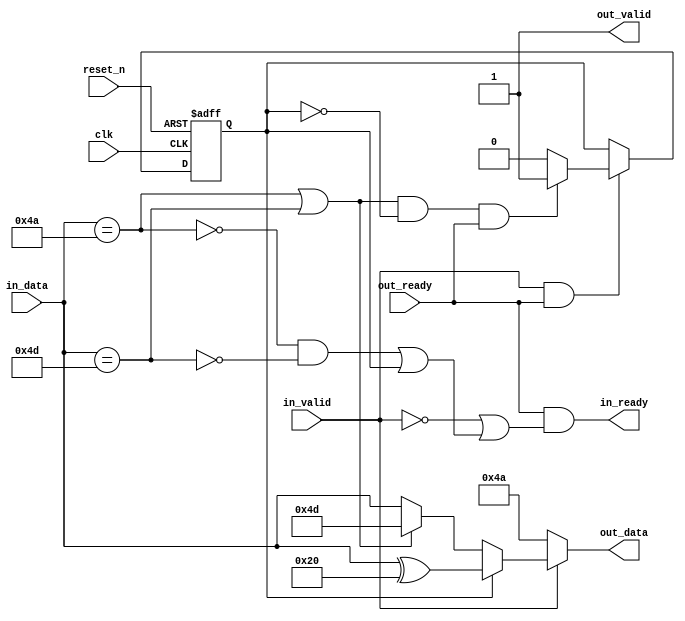
// (C) 2001-2018 Intel Corporation. All rights reserved.
// Your use of Intel Corporation's design tools, logic functions and other 
// software and tools, and its AMPP partner logic functions, and any output 
// files from any of the foregoing (including device programming or simulation 
// files), and any associated documentation or information are expressly subject 
// to the terms and conditions of the Intel Program License Subscription 
// Agreement, Intel FPGA IP License Agreement, or other applicable 
// license agreement, including, without limitation, that your use is for the 
// sole purpose of programming logic devices manufactured by Intel and sold by 
// Intel or its authorized distributors.  Please refer to the applicable 
// agreement for further details.


// --------------------------------------------------------------------------------
//| Avalon ST Idle Inserter 
// --------------------------------------------------------------------------------

`timescale 1ns / 100ps
module altera_avalon_st_idle_inserter (

      // Interface: clk
      input              clk,
      input              reset_n,
      // Interface: ST in
      output reg         in_ready,
      input              in_valid,
      input      [7: 0]  in_data,

      // Interface: ST out 
      input              out_ready,
      output reg         out_valid,
      output reg [7: 0]  out_data
);

   // ---------------------------------------------------------------------
   //| Signal Declarations
   // ---------------------------------------------------------------------

   reg  received_esc;
   wire escape_char, idle_char;

   // ---------------------------------------------------------------------
   //| Thingofamagick
   // ---------------------------------------------------------------------

   assign idle_char = (in_data == 8'h4a);
   assign escape_char = (in_data == 8'h4d);

   always @(posedge clk or negedge reset_n) begin
      if (!reset_n) begin
         received_esc <= 0; 
      end else begin
         if (in_valid & out_ready) begin
            if ((idle_char | escape_char) & ~received_esc & out_ready) begin
                 received_esc <= 1;
            end else begin
                 received_esc <= 0;
            end
         end
      end
   end

   always @* begin
      //we are always valid
      out_valid = 1'b1;
      in_ready = out_ready & (~in_valid | ((~idle_char & ~escape_char) | received_esc));
      out_data = (~in_valid) ? 8'h4a :    //if input is not valid, insert idle
                 (received_esc) ? in_data ^ 8'h20 : //escaped once, send data XOR'd
                 (idle_char | escape_char) ? 8'h4d : //input needs escaping, send escape_char
                 in_data; //send data
   end
endmodule